Annual report of the Imperial Bacteriologist
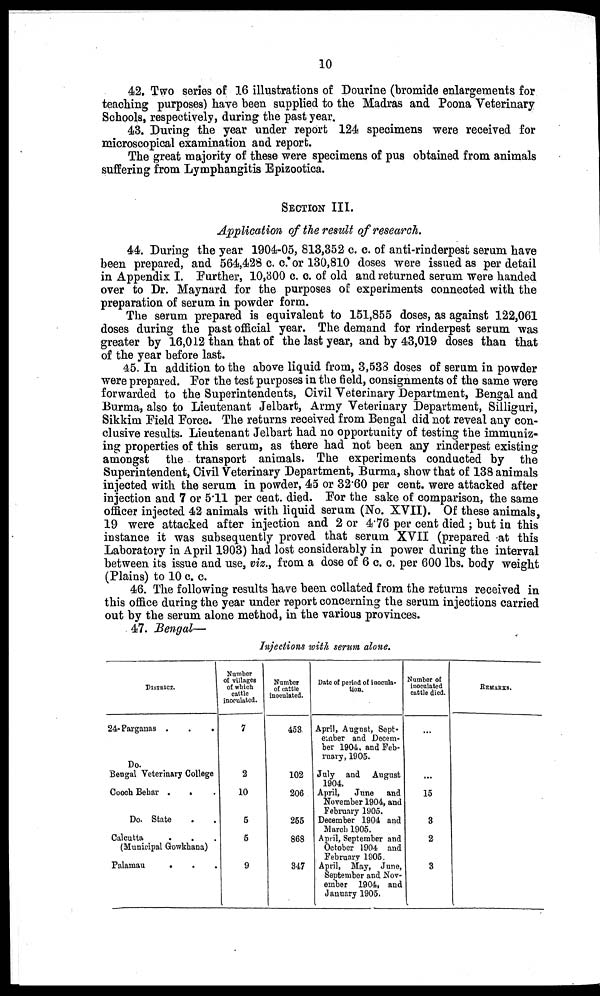
10
42. Two series of 16 illustrations of Dourine (bromide enlargements for
teaching purposes) have been supplied to the Madras and Poona Veterinary
Schools, respectively, during the past year.
43. During the year under report 124 specimens were received for
microscopical examination and report.
The great majority of these were specimens of pus obtained from animals
suffering from Lymphangitis Epizootica.
SECTION III.
Application of the result of research.
44. During the year 1904-05, 813,352 c. c. of anti-rinderpest serum have
been prepared, and 564,428 c. c.or 130,810 doses were issued as per detail
in Appendix I. Further, 10,300 c. c. of old and returned serum were handed
over to Dr. Maynard for the purposes of experiments connected with the
preparation of serum in powder form.
The serum prepared is equivalent to 151,855 doses, as against 122,061
doses during the past official year. The demand for rinderpest serum was
greater by 16,012 than that of the last year, and by 43,019 doses than that
of the year before last.
45. In addition to the above liquid from, 3,533 doses of serum in powder
were prepared. For the test purposes in the field, consignments of the same were
forwarded to the Superintendents, Civil Veterinary Department, Bengal and
Burma, also to Lieutenant Jelbart, Army Veterinary Department, Silliguri,
Sikkim Field Force. The returns received from Bengal did not reveal any con-
clusive results. Lieutenant Jelbart had no opportunity of testing the immuniz-
ing properties of this serum, as there had not been any rinderpest existing
amongst the transport animals. The experiments conducted by the
Superintendent, Civil Veterinary Department, Burma, show that of 138 animals
injected with the serum in powder, 45 or 32.60 per cent. were attacked after
injection and 7 or 5.11 per cent. died. For the sake of comparison, the same
officer injected 42 animals with liquid serum (No. XVII). Of these animals,
19 were attacked after injection and 2 or 4.76 per cent died ; but in this
instance it was subsequently proved that serum XVII (prepared -at this
Laboratory in April 1903) had lost considerably in power during the interval
between its issue and use, viz., from a dose of 6 c. c. per 600 lbs. body weight
(Plains) to 10 c. c.
46. The following results have been collated from the returns received in
this office during the year under report concerning the serum injections carried
out by the serum alone method, in the various provinces.
47. Bengal—
Injections with serum alone.
DISTRICT.
24 Parganas .
.
.
Do.
Bengal Veterinary College
Cooch Behar . . .
Do. State . .
Calcutta . . .
(Municipal Gowkhana)
Palamau
. . .
Number
of villages
of which
cattle
inoculated.
7
2
10
5
5
9
Number
of cattle
inoculated.
453
102
206
255
868
347
Date of period of inocula-
tion.
April, August, Sept-
ember and Decem-
ber 1904, and Feb-
ruary, 1905.
July and August
1904.
April,
June and
November 1904, and
February 1905.
December 1904 and
March 1905.
April, September and
October 1904 and
February 1905.
April, May, June,
September and Nov-
ember 1904, and
January 1905.
Number of
inoculated
cattle died.
...
...
15
3
2
3
REMARKS.